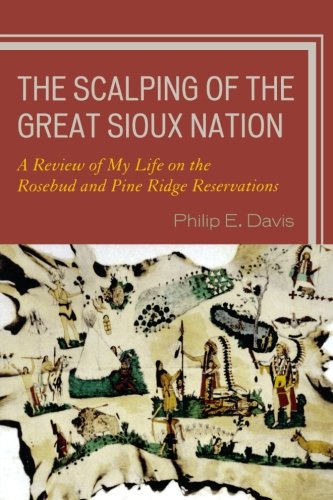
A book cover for The Scalping of the Great Sioux Nation: A Review of My Life on the Rosebud and Pine Ridge Reservations; Philip E. Davis; Law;